Calcutta medical institutions reports 1871-78
Year: 1871
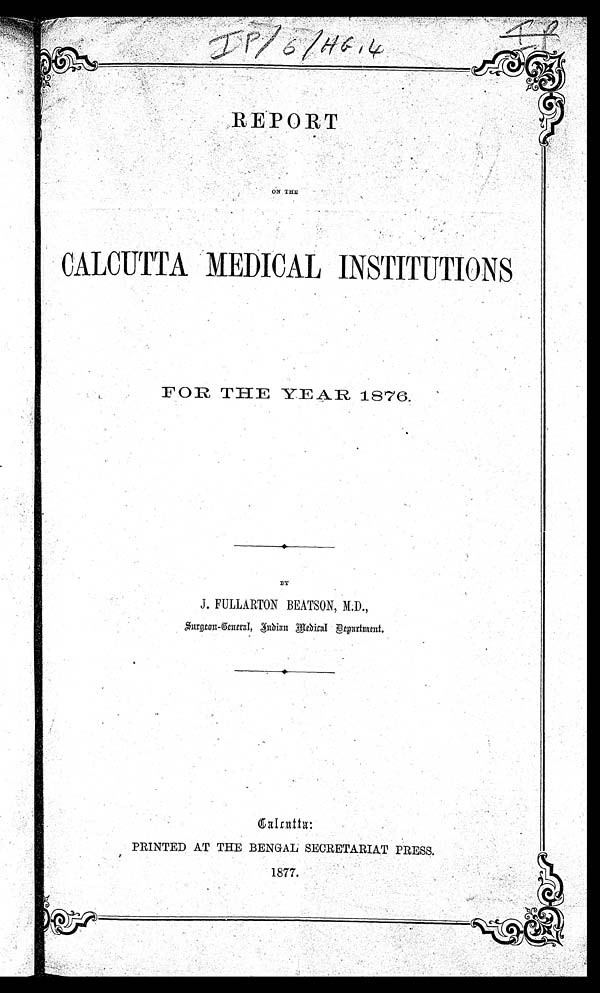
REPORT
ON THE
CALCUTTA MEDICAL INSTITUTIONS
FOR THE YEAR 1876.
BY
J. FULLARTON BEATSON, M.D.,
Surgeon-General, Indian Medical Department.
Calcutta:
PRINTED AT THE BENGAL SECRETARIAT PRESS.
1877.